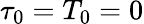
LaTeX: \tau_{0}=T_{0}=0